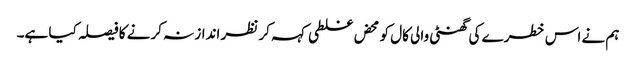
ہم نے اس خطرے کی گھنٹی والی کال کو محض غلطی کہہ کر نظر انداز نہ کرنے کا فیصلہ کیا ہے۔